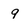
Character: 9